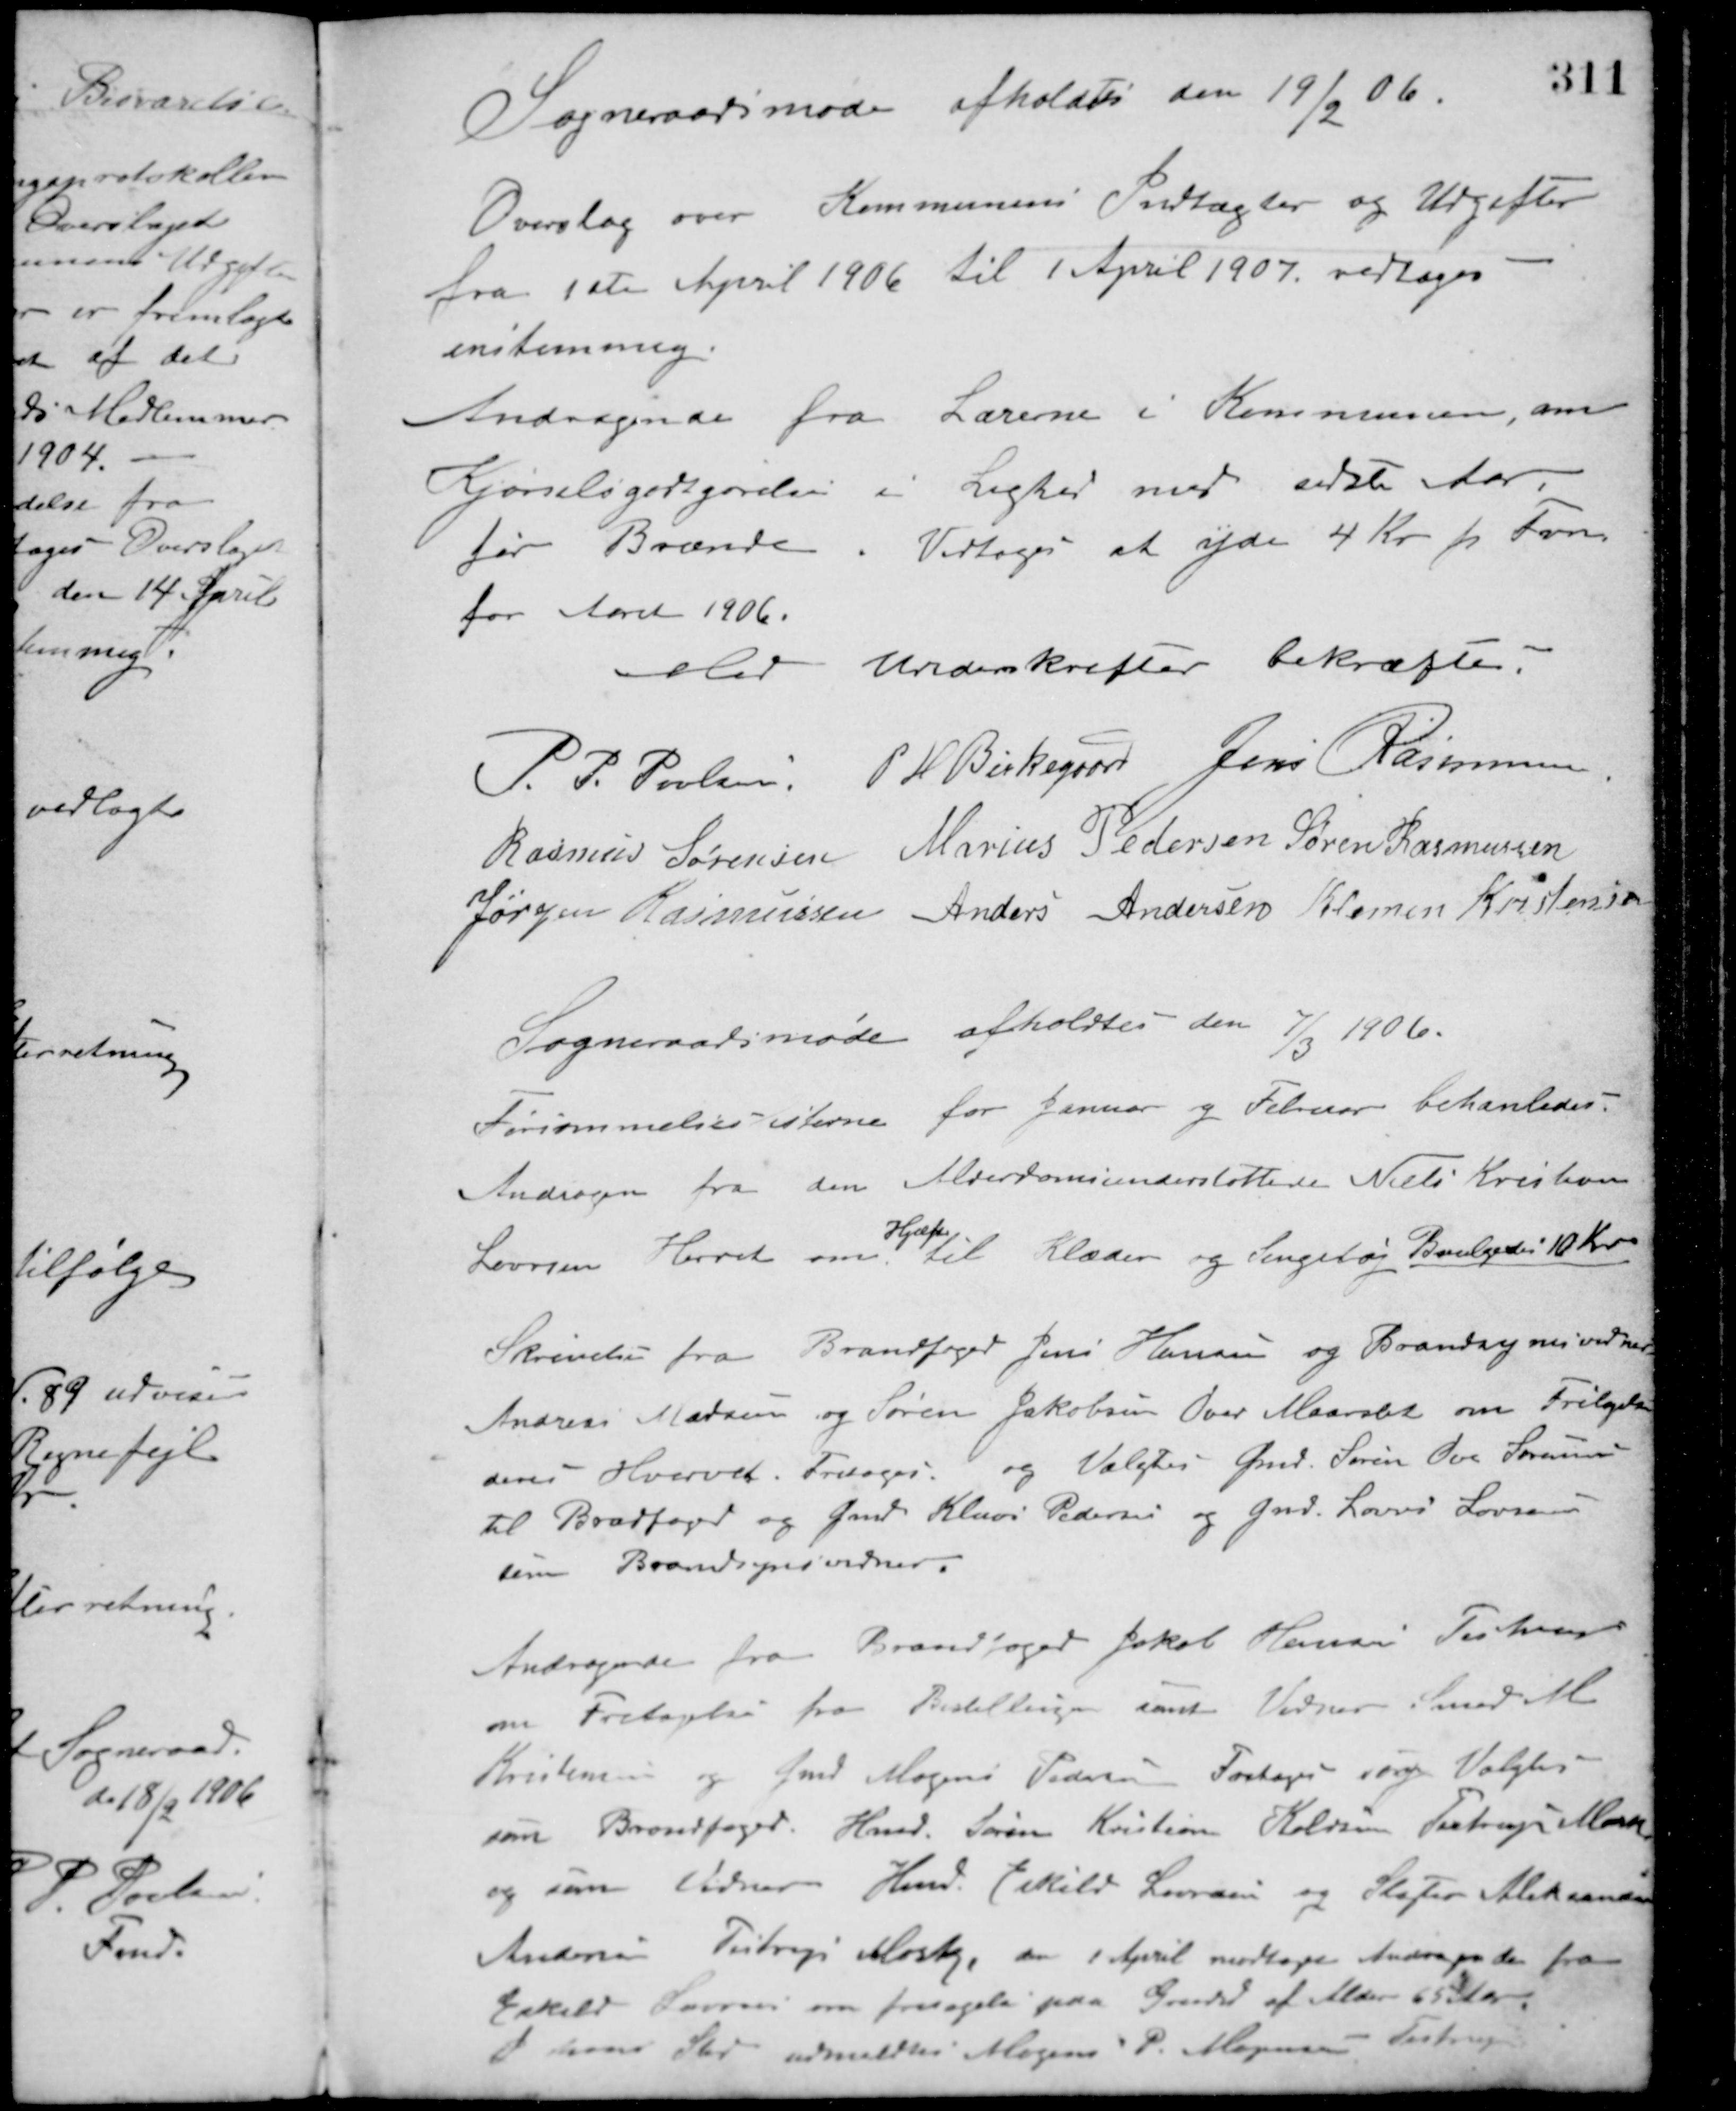
Transskription:
Sogneraadsmøde afholdtes den 19/2 06.
Overslag over Kommunens Indtægter og Udgifter
fra 1ste April 1906 til 1 April 1907 vedtoges
enstemmig.
Andragende fra Lærerne i Kommunen, om
Kjørselsgodtgørelse i Lighed med sidste Aar
for Brænde. Vedtoges at yde 4 Kr. pr. Favn
for Aaret 1906.
Med Underskrifter bekræftes.
P. P. Poulsen P. H. Birkegaard Jens Rasmussen
Rasmus Sørensen Marius Pedersen Søren Rasmussen
Jørgen Rasmussen Anders Andersen Klemen Kristensen
Sogneraadsmøde afholdtes den 7/3 1906.
Forsømmelseslisterne for Januar og Februar behanledes.
Andragen fra den Alderdomsunderstøttede Niels Kristensen
Laursen Hørret om
Hjælp
til Klæder og Sengetøj. Bevilgedes 10 Kr.
Skrivelse fra Brandfoged Jens Hansen og Brandsynsvidner
Andreas Madsen og Søren Jakobsen Over Maarslet om Fritagelse
deres Hvervet. Fritoges og Valgtes Gmd. Søren Ove Sørensen
til Bradfoged og Gmd. Klaus Pedersen og Gmd. Laurs Larsen
som Brandsynsvidner.
Andragende fra Brandfoged Jakob Hansen Testrup
om Fritagelse fra Bestillingen samt Vidner Smed M.
Kristensen og Gmd. Mogens Pedersen. Fritoges og Valgtes
som Brandfoged Hmd. Søren Kristian Keldsen, Testrup Mark
og som Vidner Hmd. Eskild Larsen og Slagter Aleksander
Andersen Testrup Mark. den 1 April modtaget Andragende fra
Eskild Larsen om fritagelse paa Grund af Alder 65 Aar
I hans Sted udmeldtes Mogens P. Mogensen, Testrup.